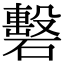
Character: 礊